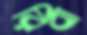
রিবা